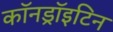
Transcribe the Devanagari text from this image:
कॉनड्रॉइटिन